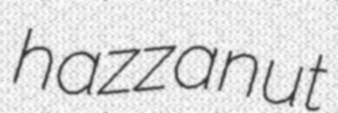
hazzanut